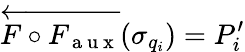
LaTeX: \overleftarrow{F\circ F_{\mathrm{~a~u~x~}}}(\sigma_{q_{i}})=P_{i}^{\prime}